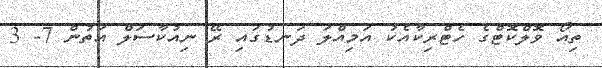
ތިއޯ ވޮލްކޮޓްގެ ހެޓްރިކާއެކު އަމިއްލަ ދަނޑުގައި ރޭ ނިއުކާސަލް އަތުން 7- 3